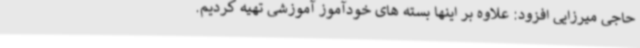
حاجی میرزایی افزود: علاوه بر اینها بسته های خودآموز آموزشی تهیه کردیم.